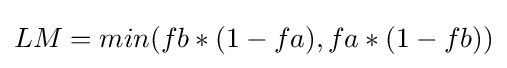
LM=min(fb*(1-fa),fa*(1-fb))